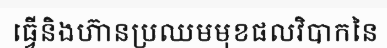
ធ្វើនិងហ៊ានប្រឈមមុខផលវិបាកនៃ